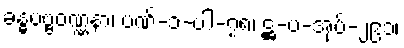
ခန္ဓပဗ္ဗဝဏ္ဏနာ၊ ပဏ်-၁-ပါ-၇၈၊ ဋ္ဌ-ပ-အုပ်-၂၉၁၊